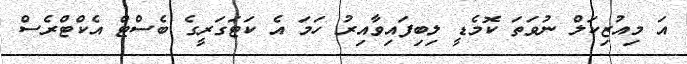
އަ މިއުޒިކަލް ނުވަތަ ކޮމެޑީ ލިބިފައިވާއިރު ހަމަ އެ ކަޓަގަރީގެ ބެސްޓް އެކްޓްރެސް